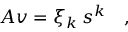
A v = \xi _ { k } \: s ^ { k } \quad ,